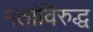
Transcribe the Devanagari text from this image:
मतांविरुद्ध